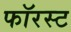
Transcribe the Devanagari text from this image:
फॉरस्ट